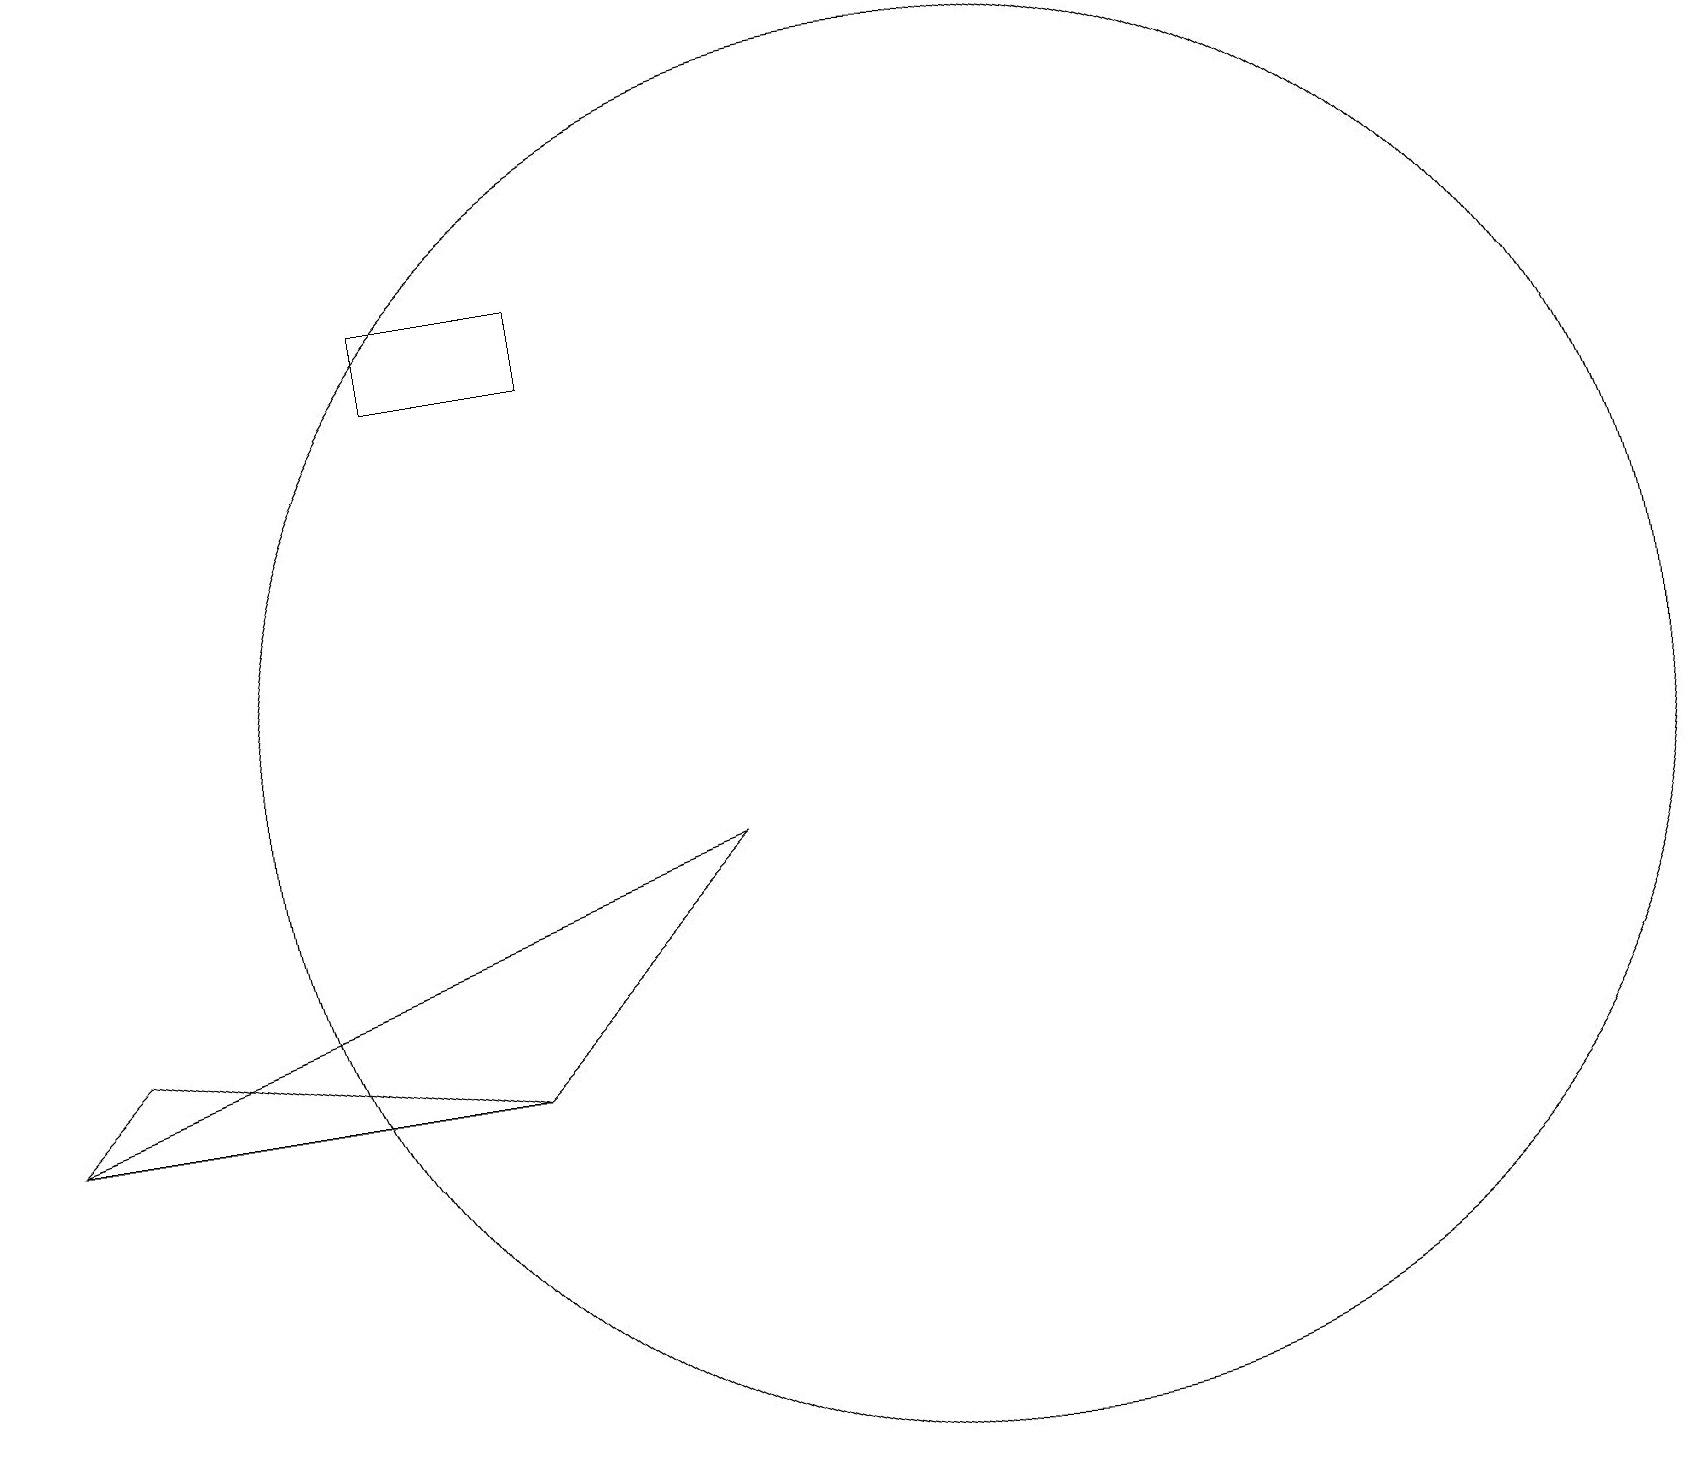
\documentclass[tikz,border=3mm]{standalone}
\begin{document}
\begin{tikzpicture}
\draw (12,10) circle (9);
\draw (6,6) -- (0,6) -- (1,7) -- cycle;
\draw (9,9) -- (0,6) -- (6,6) -- cycle;
\draw (5,16) rectangle (7,15);
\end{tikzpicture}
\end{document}